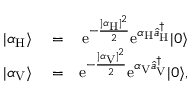
\begin{array} { r l r } { | \alpha _ { \mathrm { H } } \rangle } & { { } = } & { \mathrm { e } ^ { - \frac { | \alpha _ { \mathrm { H } } | ^ { 2 } } { 2 } } \mathrm { e } ^ { \alpha _ { \mathrm { H } } \hat { a } _ { \mathrm { H } } ^ { \dagger } } | 0 \rangle } \\ { | \alpha _ { \mathrm { V } } \rangle } & { { } = } & { \mathrm { e } ^ { - \frac { | \alpha _ { \mathrm { V } } | ^ { 2 } } { 2 } } \mathrm { e } ^ { \alpha _ { \mathrm { V } } \hat { a } _ { \mathrm { V } } ^ { \dagger } } | 0 \rangle , } \end{array}